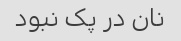
نان در پک نبود